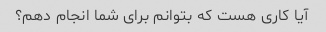
آیا کاری هست که بتوانم برای شما انجام دهم؟